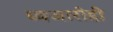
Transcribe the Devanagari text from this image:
ध्वजारोही